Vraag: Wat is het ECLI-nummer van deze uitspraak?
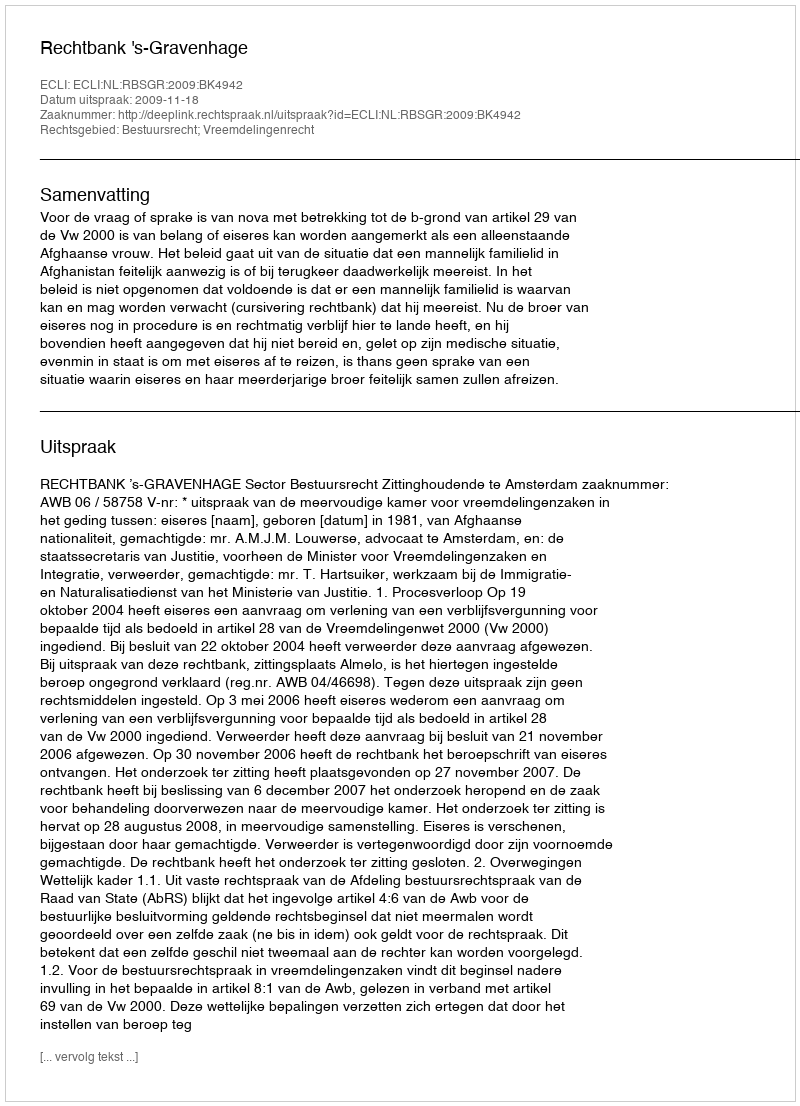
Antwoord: ECLI:NL:RBSGR:2009:BK4942